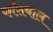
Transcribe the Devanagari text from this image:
फॉसबाल